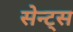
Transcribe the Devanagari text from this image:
सेन्ट्स